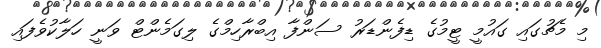
މި މެޗުގައި ގައުމީ ޓީމުގެ ޑިފެންޑަރު ސަންފާ އިބްރާހިމްގެ ލިގަމެންޓް ވަނީ ހަލާކުވެފައި